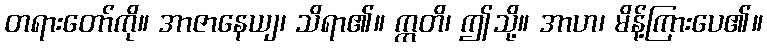
တရားတော်ကို။ အာဇာနေယျ၊ သိရာ၏။ ဣတိ၊ ဤသို့။ အာဟ၊ မိန့်ကြားပေ၏။